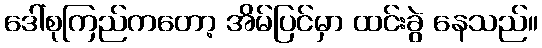
ဒေါ်စုကြည်ကတော့ အိမ်ပြင်မှာ ထင်းခွဲ နေသည်။